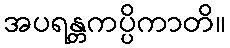
အပရန္တကပ္ပိကာတိ။